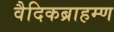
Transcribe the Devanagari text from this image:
वैदिकब्राहम्ण